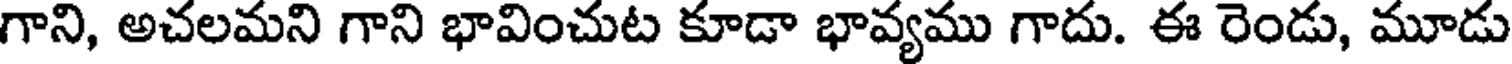
గాని, అచలమని గాని భావించుట కూడా భావ్యము గాదు. ఈ రెండు, మూడు